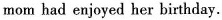
mom had enjoyed her birthday.